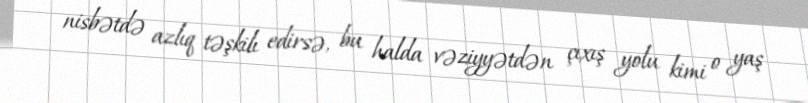
nisbətdə azlıq təşkilı edirsə, bu halda vəziyyətdən çıxış yolu kimi o yaş